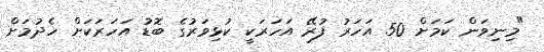
"މިނިވަން ކަމަށް 50 އަހަރު ފުރޭ އަހަރަކީ ކުޅިވަރުގެ ބޮޑު އަހަރަކަށް ހެދުމަށް